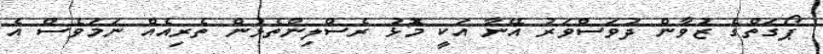
ޕޯގަތްގެ ޒުވާން ދުވަސްވަރު އޭނާ އަކީ މޮޅު ރެސްލިންތެޅުން ތެރިއެއް ނަމަވެސް އެ